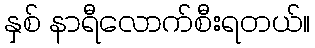
နှစ် နာရီလောက်စီးရတယ်။